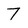
Character: 7